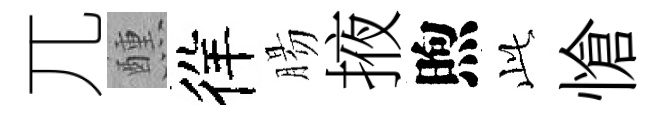
兀醺徉腸掖煦𬼘愴